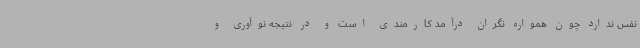
نفس ندارد چون همواره نگران درآمد کارمندی است و در نتیجه نوآوری و